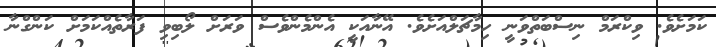
ކަމަށެވެ. ވިކްރަމް ނިސްބަތްވަނީ ހިމާޗަލްއަށެވެ. އޭނާއަކީ އެންމެންވެސް ވަރަށް ލޯބިވި ފަރާތެއްކަމަށް ކަންގްނާ